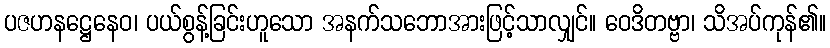
ပဇဟနဋ္ဌေနေဝ၊ ပယ်စွန့်ခြင်းဟူသော အနက်သဘောအားဖြင့်သာလျှင်။ ဝေဒိတဗ္ဗာ၊ သိအပ်ကုန်၏။